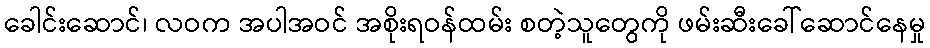
ခေါင်းဆောင်၊ လဝက အပါအဝင် အစိုးရဝန်ထမ်း စတဲ့သူတွေကို ဖမ်းဆီးခေါ်ဆောင်နေမှု